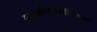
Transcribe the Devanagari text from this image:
सायकोन्यूरोलॉजिकल